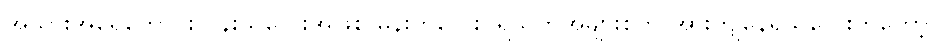
အသားအရေကောင်းလွန်းသူလေးအဖြစ် မိန်းကလေးပရိသတ်အများစုက အားကျနေရသူလေးကတော့